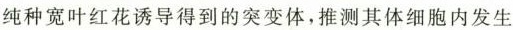
纯种宽叶红花诱导得到的突变体，推测其体细胞内发生